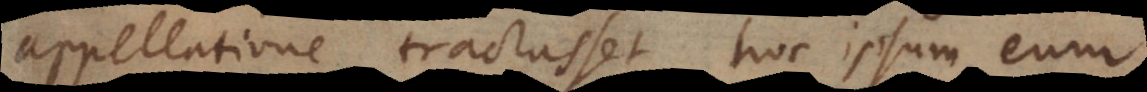
appellatione tractasset, hoc ipsum eum